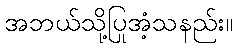
အဘယ်သို့ပြုအံ့သနည်း။